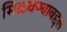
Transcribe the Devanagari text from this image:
मिळवण्याबद्दल